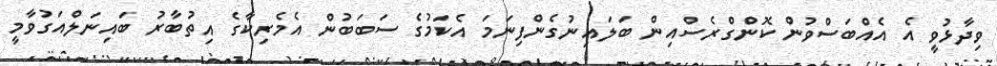
ވިދާޅުވީ އެ އެއްބަސްވުން ކޮންގްރެސްއިން ބަލައިނުގެންފިނަމަ އެކަމުގެ ސަބަބުން އެމެރިކާގެ އިތުބާރު ބައިނަލްއަގުވާމީ